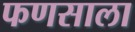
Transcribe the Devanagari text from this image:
फणसाला